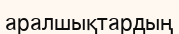
аралшықтардың